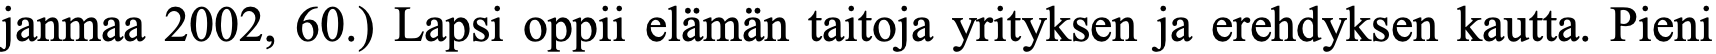
janmaa 2002, 60.) Lapsi oppii elämän taitoja yrityksen ja erehdyksen kautta. Pieni